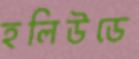
হলিউডে